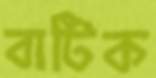
বাটিক